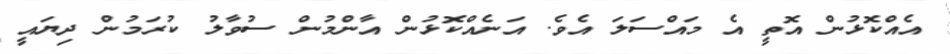
އެއްކޮޅުން އޮތީ އެ މައްސަލަ އެވެ. އަނެއްކޮޅުން އާންމުން ސުވާލު ކުރަމުން ދިޔައީ